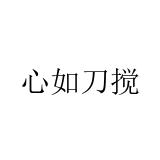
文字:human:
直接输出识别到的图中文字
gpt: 心如刀搅